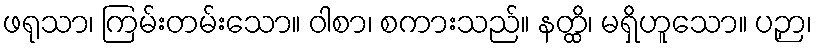
ဖရုသာ၊ ကြမ်းတမ်းသော။ ဝါစာ၊ စကားသည်။ နတ္ထိ၊ မရှိဟူသော။ ပဉှာ၊